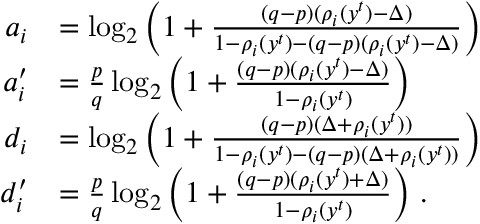
\begin{array} { r l } { a _ { i } } & { = \log _ { 2 } \left( 1 + \frac { ( q - p ) ( \rho _ { i } ( y ^ { t } ) - \Delta ) } { 1 - \rho _ { i } ( y ^ { t } ) - ( q - p ) ( \rho _ { i } ( y ^ { t } ) - \Delta ) } \right) } \\ { a _ { i } ^ { \prime } } & { = \frac { p } { q } \log _ { 2 } \left( 1 + \frac { ( q - p ) ( \rho _ { i } ( y ^ { t } ) - \Delta ) } { 1 - \rho _ { i } ( y ^ { t } ) } \right) } \\ { d _ { i } } & { = \log _ { 2 } \left( 1 + \frac { ( q - p ) ( \Delta + \rho _ { i } ( y ^ { t } ) ) } { 1 - \rho _ { i } ( y ^ { t } ) - ( q - p ) ( \Delta + \rho _ { i } ( y ^ { t } ) ) } \right) } \\ { d _ { i } ^ { \prime } } & { = \frac { p } { q } \log _ { 2 } \left( 1 + \frac { ( q - p ) ( \rho _ { i } ( y ^ { t } ) + \Delta ) } { 1 - \rho _ { i } ( y ^ { t } ) } \right) \, . } \end{array}